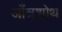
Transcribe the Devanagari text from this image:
आँत्रशोथ